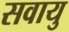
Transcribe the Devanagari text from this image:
सवायु